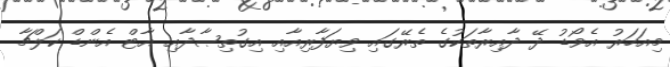
މިއަހަރު އެވޯޑު ދޭ ދާއިރާތަކުގެ ތެރޭގައި ވިޔަފާރިއާއި އިގުތިޞާދާއި އާޓް އެންޑް ކަލްޗާ